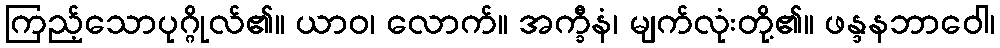
ကြည့်သောပုဂ္ဂိုလ်၏။ ယာဝ၊ လောက်။ အက္ခီနံ၊ မျက်လုံးတို့၏။ ဖန္ဒနဘာဝေါ၊